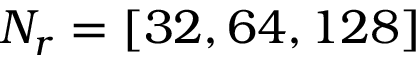
N _ { r } = \left[ 3 2 , 6 4 , 1 2 8 \right]